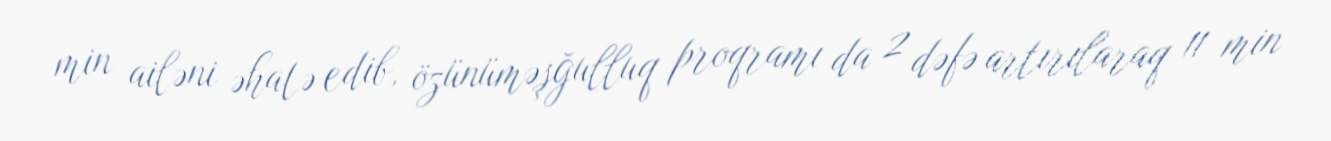
min ailəni əhatə edib, özünüməşğulluq proqramı da 2 dəfə artırılaraq 11 min